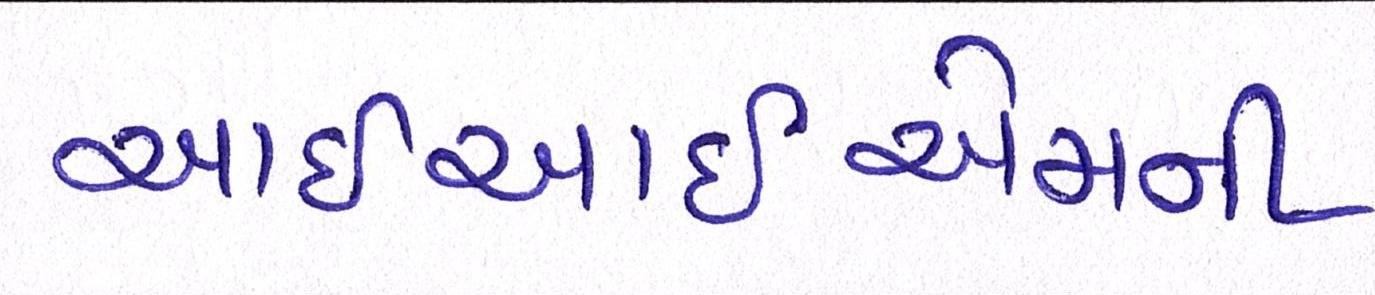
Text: આઇઆઇએમની